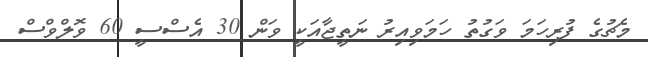
މެޗުގެ ފުރިހަމަ ވަގުތު ހަމަވިއިރު ނަތީޖާއަކީ ވަން 30 އެސްސީ 60 ވޮލްވްސް